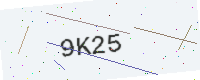
Text: 9K25